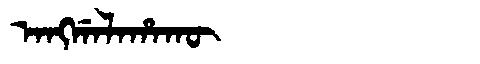
Manchu: ᠠᠩᡤᠠᠯᠠᡥᠠᡴᡡ
Romanization: ANGGALAHAKŪ